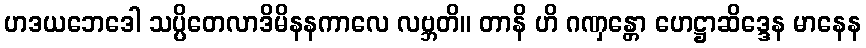
ဟဒယဘေဒေါ သပ္ပိတေလာဒိမိနနကာလေ လဗ္ဘတိ။ တာနိ ဟိ ဂဏှန္တော ဟေဋ္ဌာဆိဒ္ဒေန မာနေန